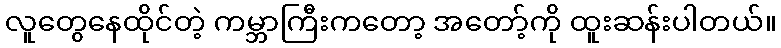
လူတွေနေထိုင်တဲ့ ကမ္ဘာကြီးကတော့ အတော့်ကို ထူးဆန်းပါတယ်။